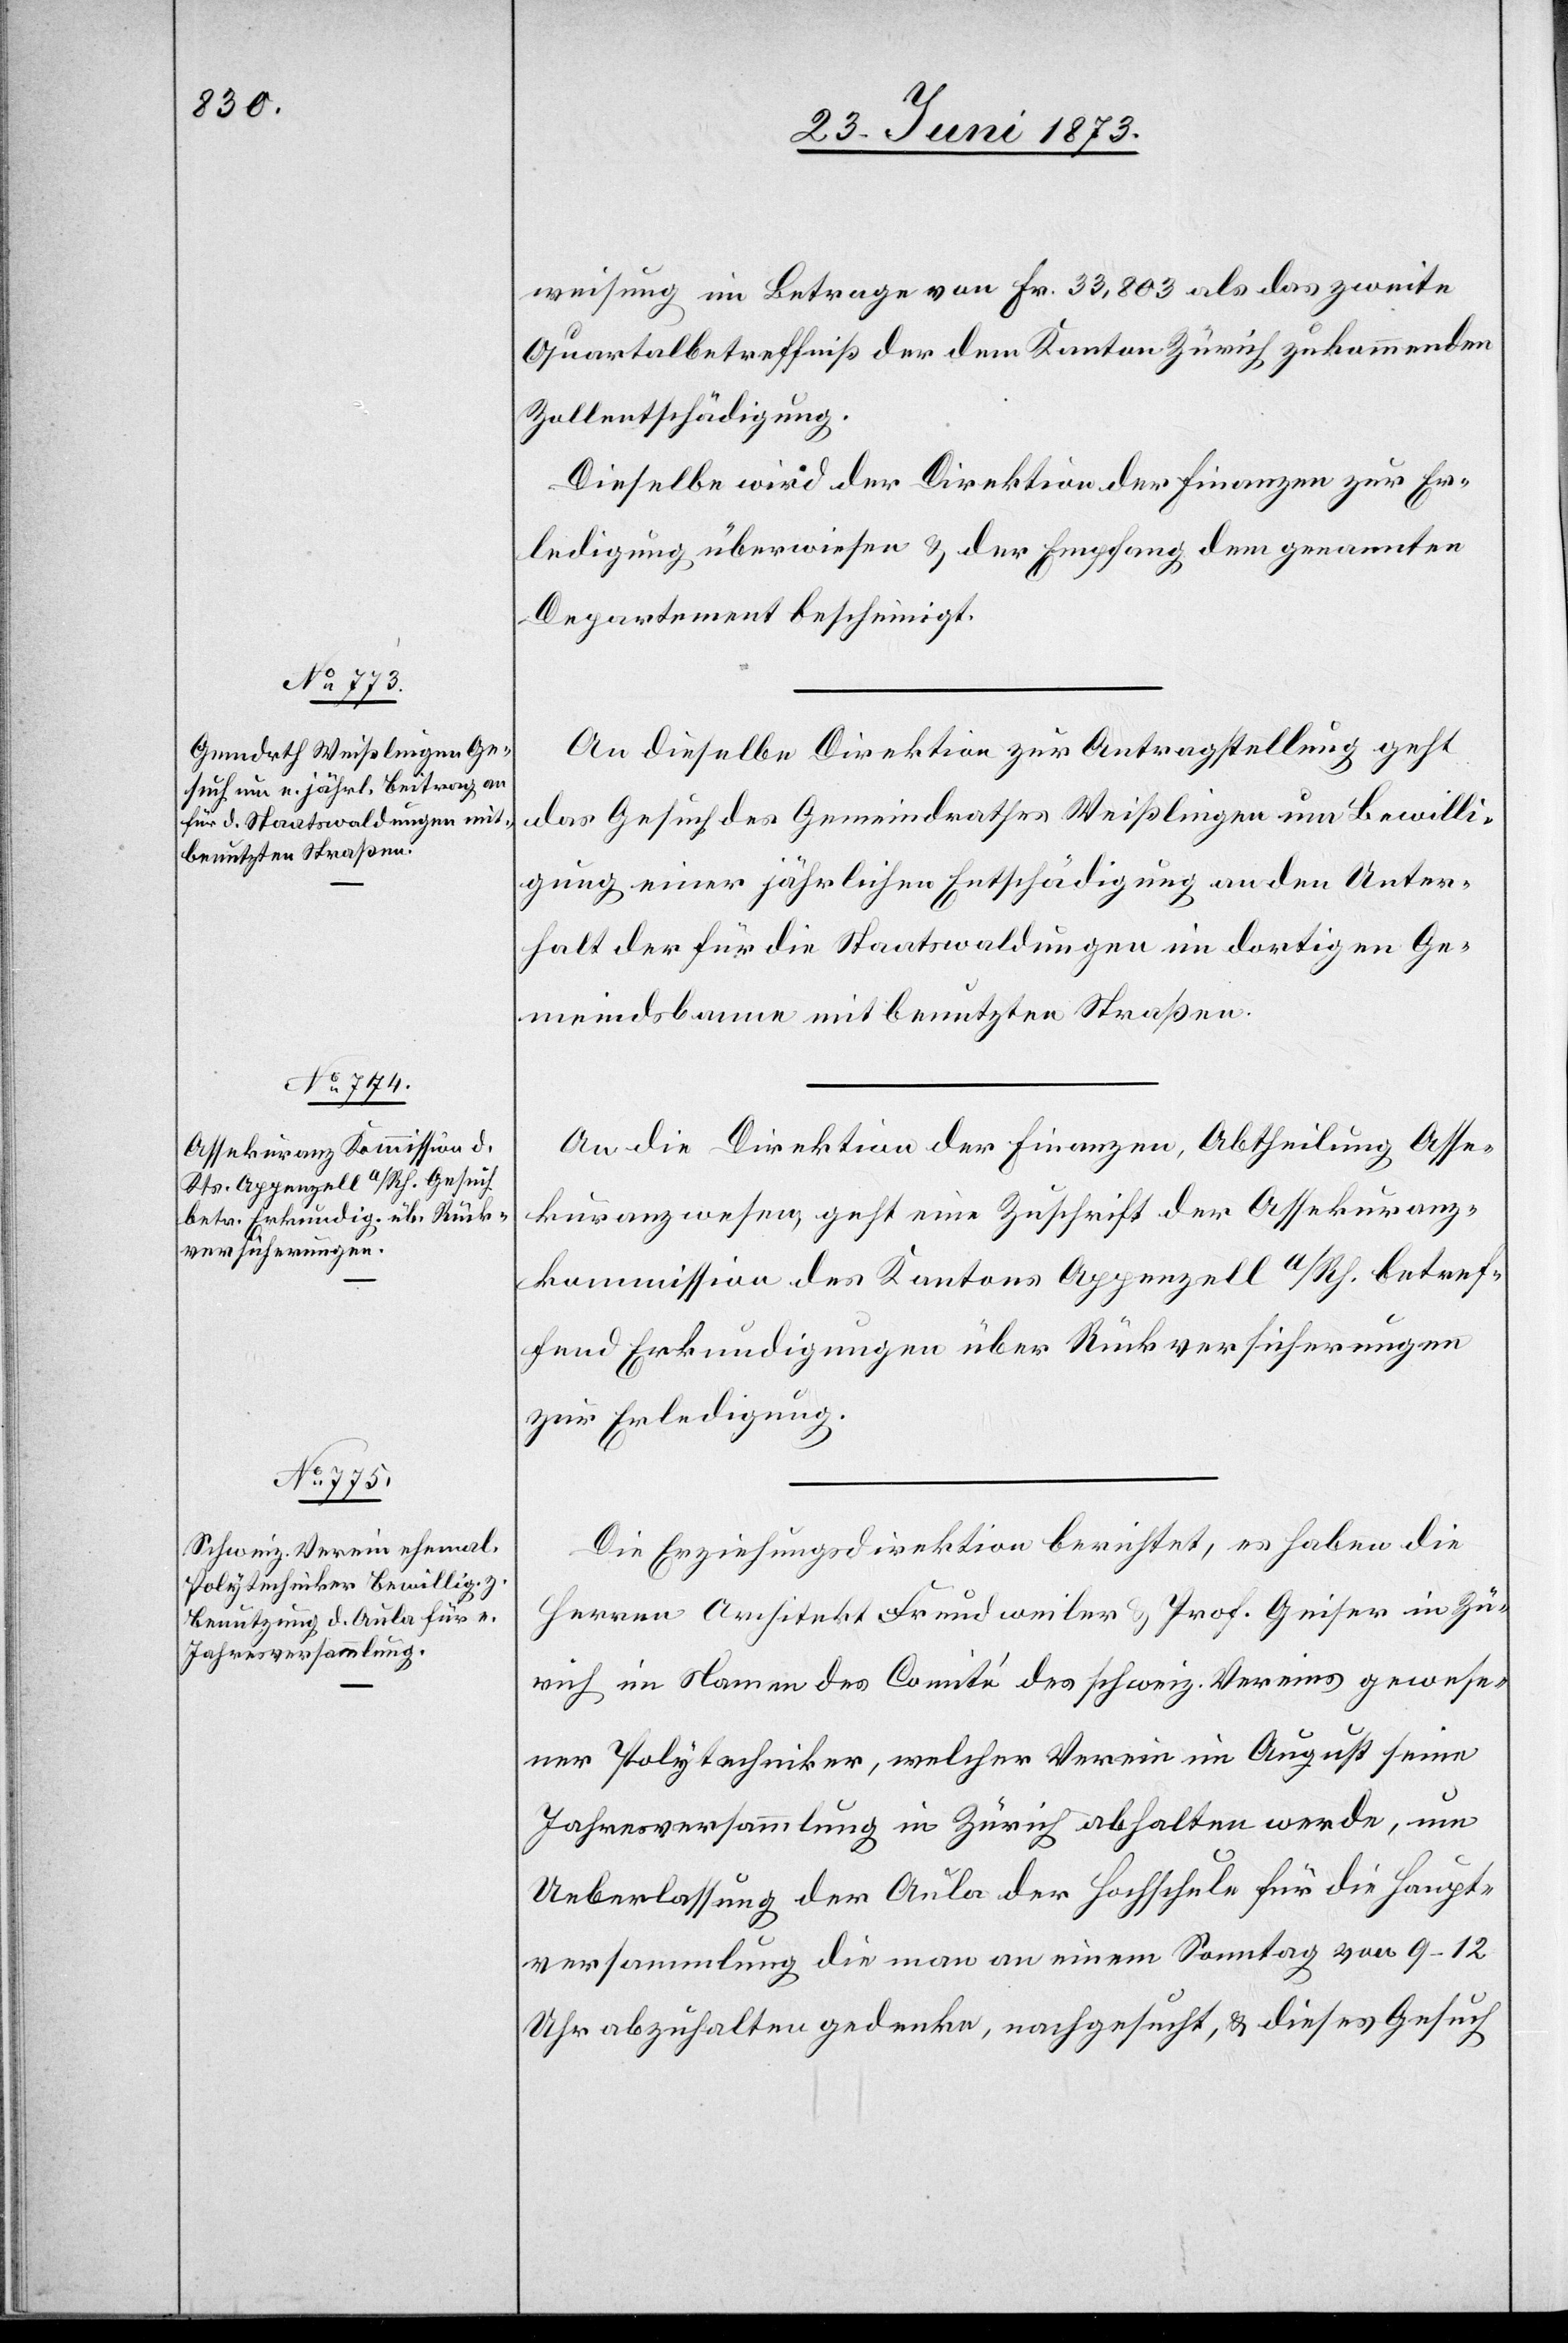
24. Juni 1873.]
weisung im Betrage von Fr. 33,803 als das zweite
Quartalbetreffniß der dem Kanton Zürich zukommenden
Zollentschädigung.
Dieselbe wird der Direktion der Finanzen zur Er¬
ledigung überwiesen & der Empfang dem genannten
Departement bescheinigt.
An dieselbe Direktion zur Antragstellung geht
das Gesuch des Gemeindrathes Weißlingen um Bewilli¬
gung einer jährlichen Entschädigung an den Unter¬
halt der für die Staatswaldungen im dortigen Ge¬
meindsbanne mit benutzten Straßen.
An die Direktion der Finanzen, Abtheilung Asse¬
kuranzwesen, geht eine Zuschrift der Assekuranz¬
kommission des Kantons Appenzell a/Rh. betref¬
fend Erkundigungen über Rückversicherungen
zur Erledigung.
Die Erziehungsdirektion berichtet, es haben die
Herren Architekt Freudweiler & Prof. Geiser in Zü¬
rich im Namen des Comité des schweiz. Vereins gewese¬
ner Polytechniker, welcher Verein im August seine
Jahresversammlung in Zürich abhalten werde, um
Ueberlassung der Aula der Hochschule für die Haupt¬
versammlung die man an einem Sonntag von 9–12
Uhr abzuhalten gedenke, nachgesucht, & dieses Gesuch